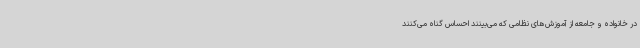
در خانواده و جامعه از آموزش‌های نظامی که می‌بینند احساس گناه می‌کنند